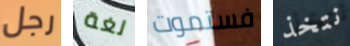
رجل لغة فستموت نتخذ